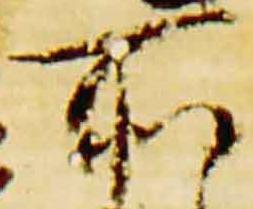
所